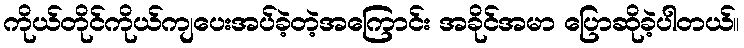
ကိုယ်တိုင်ကိုယ်ကျပေးအပ်ခဲ့တဲ့အကြောင်း အခိုင်အမာ ပြောဆိုခဲ့ပါတယ်။